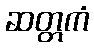
ဆတ္တကံ